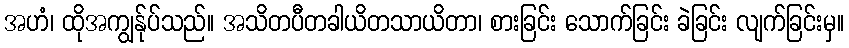
အဟံ၊ ထိုအကျွန်ုပ်သည်။ အသိတပီတခါယိတသာယိတာ၊ စားခြင်း သောက်ခြင်း ခဲခြင်း လျက်ခြင်းမှ။